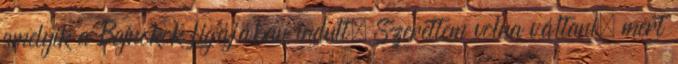
amelyik a Bajnokok Ligájában indult. Szerettem volna váltani, mert